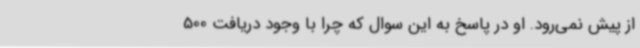
از پیش نمی‌رود. او در پاسخ به این سوال که چرا با وجود دریافت 500